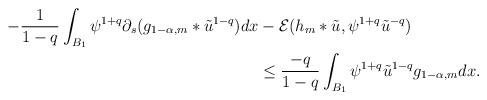
LaTeX: \begin{align*}- \frac{1}{1-q} \int_{B_{1}}\psi^{1+q}\partial_{s}(g_{1-\alpha,m}*\tilde{u}^{1-q})dx & - \mathcal{E}(h_{m}*\tilde{u},\psi^{1+q}\tilde{u}^{-q}) \\& \leq \frac{-q}{1-q} \int_{B_{1}}\psi^{1+q}\tilde{u}^{1-q}g_{1-\alpha,m}dx.\end{align*}